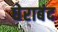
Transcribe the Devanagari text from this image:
घेराबंद